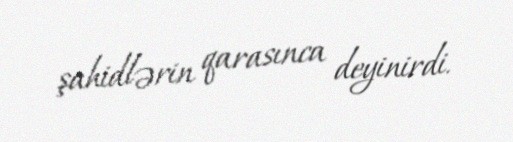
şahidlərin qarasınca deyinirdi.